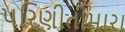
પરિણીતીમારા